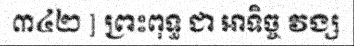
៣៤២ ] ព្រះពុទ្ធ ជា អាទិច្ច វង្ស